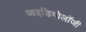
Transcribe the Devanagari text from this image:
आइडियोलॉजी